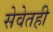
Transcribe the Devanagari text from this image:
सेवेतही